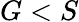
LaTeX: G<S